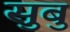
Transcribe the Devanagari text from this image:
सुबु